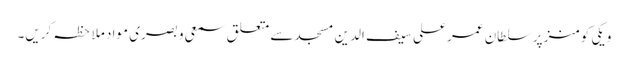
ویکی کومنز پر سلطان عمر علی سیف الدین مسجد سے متعلق سمعی و بصری مواد ملاحظہ کریں۔